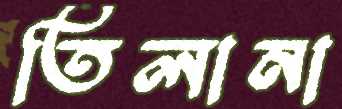
তিলানা